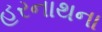
હરનાથના